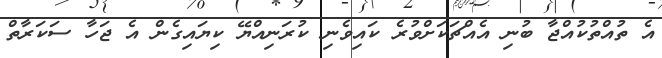
އެ ތުއްތުކުއްޖާ ބުނި އެއްޗަކަށްވުރެ ކައިވެނި ކުރަނިއްޔޭ ކިޔައިގެން އެ ޖަހާ ސަކަރާތް